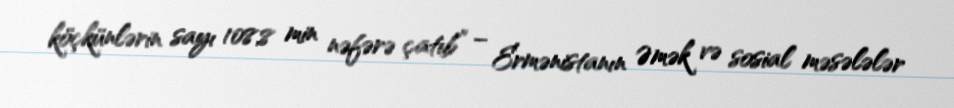
köçkünlərin sayı 108,8 min nəfərə çatıb” – Ermənistanın Əmək və sosial məsələlər